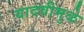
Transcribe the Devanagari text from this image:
यादवीमुळे